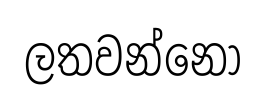
ලතවන්නෝ